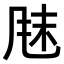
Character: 𫖼